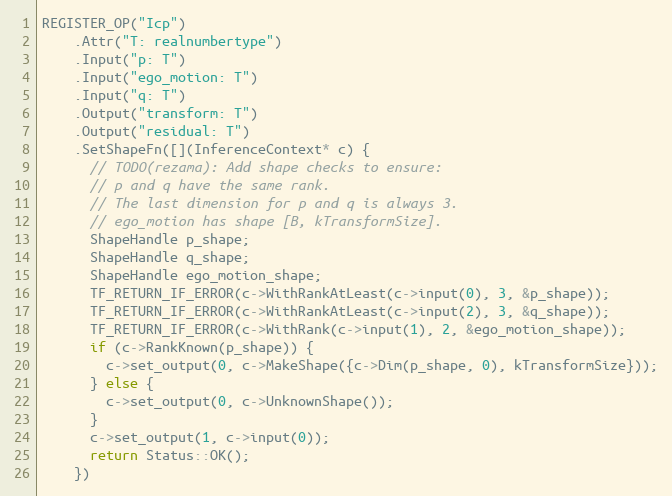
Language: C++
REGISTER_OP("Icp")
    .Attr("T: realnumbertype")
    .Input("p: T")
    .Input("ego_motion: T")
    .Input("q: T")
    .Output("transform: T")
    .Output("residual: T")
    .SetShapeFn([](InferenceContext* c) {
      // TODO(rezama): Add shape checks to ensure:
      // p and q have the same rank.
      // The last dimension for p and q is always 3.
      // ego_motion has shape [B, kTransformSize].
      ShapeHandle p_shape;
      ShapeHandle q_shape;
      ShapeHandle ego_motion_shape;
      TF_RETURN_IF_ERROR(c->WithRankAtLeast(c->input(0), 3, &p_shape));
      TF_RETURN_IF_ERROR(c->WithRankAtLeast(c->input(2), 3, &q_shape));
      TF_RETURN_IF_ERROR(c->WithRank(c->input(1), 2, &ego_motion_shape));
      if (c->RankKnown(p_shape)) {
        c->set_output(0, c->MakeShape({c->Dim(p_shape, 0), kTransformSize}));
      } else {
        c->set_output(0, c->UnknownShape());
      }
      c->set_output(1, c->input(0));
      return Status::OK();
    })